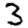
Digit: 3